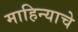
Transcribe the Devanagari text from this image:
माहिन्याचे